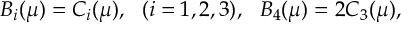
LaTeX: B _ { i } ( \mu ) = C _ { i } ( \mu ) , \ \ ( i = 1 , 2 , 3 ) , \ \ B _ { 4 } ( \mu ) = 2 C _ { 3 } ( \mu ) ,